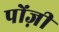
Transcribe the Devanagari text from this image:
पोंज़ी